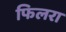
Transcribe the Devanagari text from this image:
फिलरा